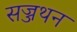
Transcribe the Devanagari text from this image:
सज्जथन